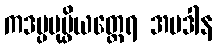
ကဒမ္ပပုပ္ဖိယတ္ထေရ အပဒါန